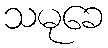
သမုခေ